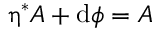
\boldsymbol \upeta ^ { * } { \cal A } + \mathrm { d } \phi = { \cal A }